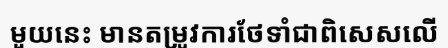
មួយនេះ មានតម្រូវការថែទាំជាពិសេសលើ